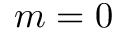
m = 0